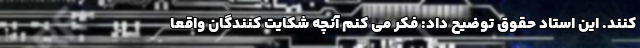
کنند. این استاد حقوق توضیح داد: فکر می کنم آنچه شکایت کنندگان واقعا